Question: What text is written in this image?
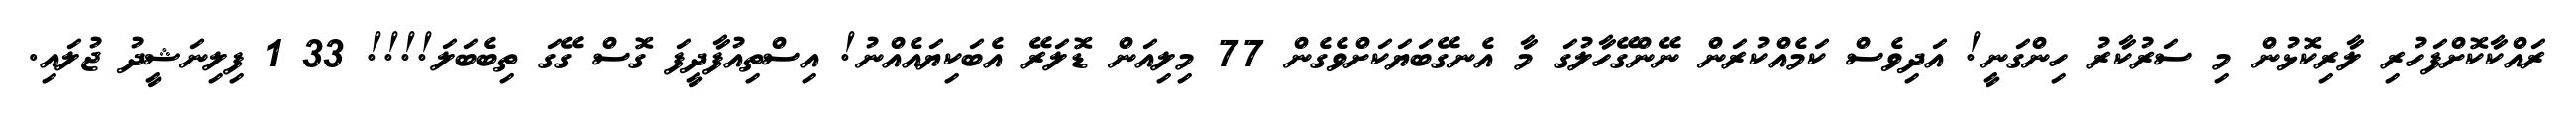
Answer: ރައްކާކޮށްފަހުރި ލާރިކޮޅުން މި ސަރުކާރު ހިންގަނީ! އަދިވެސް ކަމެއްކުރަން ނޭންގޭހާލުގަ މާ އެނގޭބަޔަކަށްވެގެން 77 މިލިއަން ޑޮލަރޭ އެބަކިޔައެއްނު! އިސްތިއުފާދީފަ ގޮސް ގޭގަ ތިބެބަލަ!!!! 33 1 ފިލިނަޝީދު ޖުލައި.